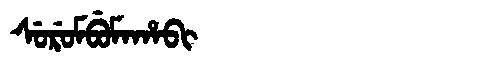
Manchu: ᠰᡠᡵᡠᠮᠪᡠᠮᠠᡥᠠᠪᡳ
Romanization: SURUMBUMAHABI